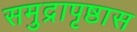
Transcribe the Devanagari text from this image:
समुद्रापृष्ठास